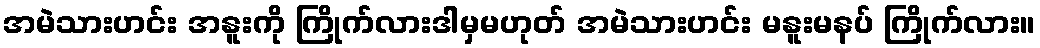
အမဲသားဟင်း အနူးကို ကြိုက်လားဒါမှမဟုတ် အမဲသားဟင်း မနူးမနပ် ကြိုက်လား။